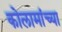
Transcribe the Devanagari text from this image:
कोलामांच्या